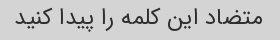
متضاد این کلمه را پیدا کنید